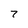
Character: 7